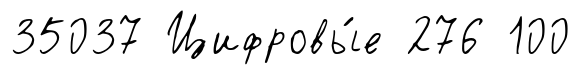
35037 Цифровы́е 276 100